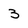
Character: 3